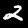
Label: 2